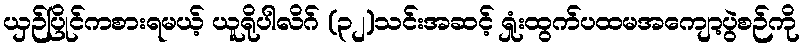
ယှဉ်ပြိုင်ကစားရမယ့် ယူရိုပါလိဂ် (၃၂)သင်းအဆင့် ရှုံးထွက်ပထမအကျော့ပွဲစဉ်ကို